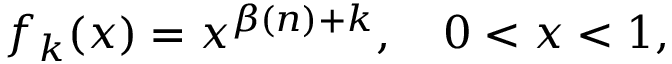
f _ { k } ( x ) = x ^ { \beta ( n ) + k } , \quad 0 < x < 1 ,